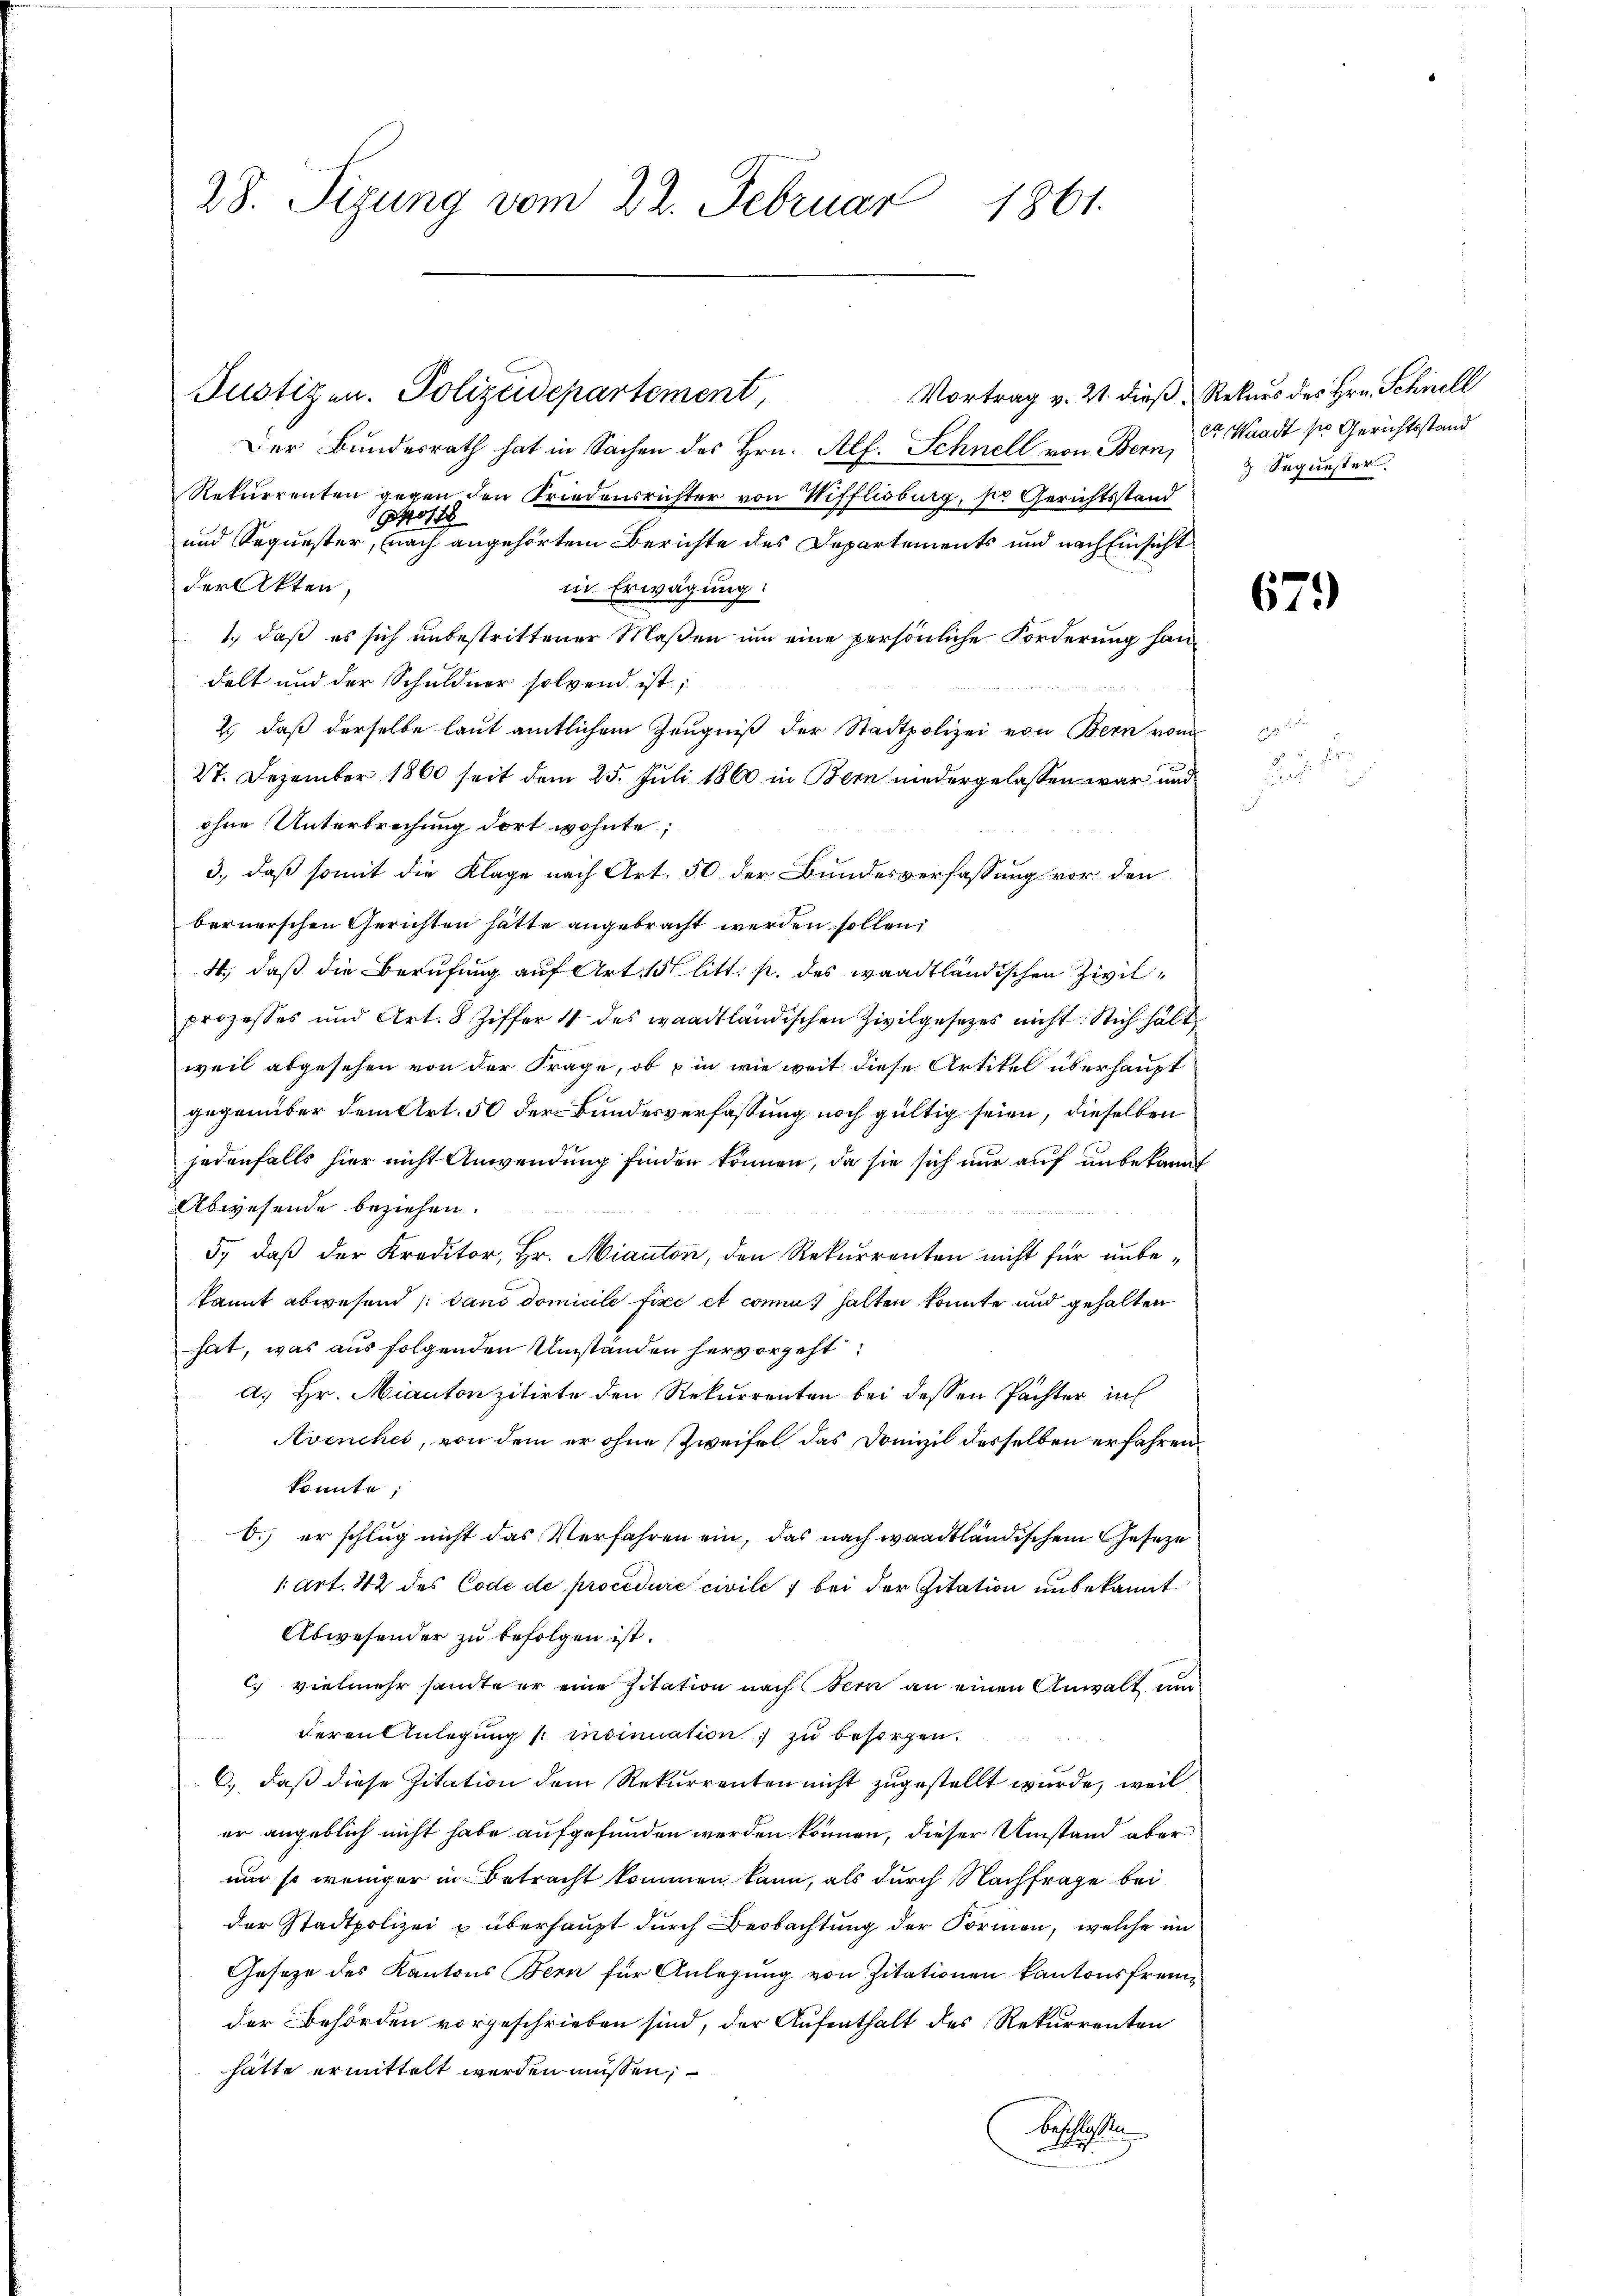
28. Sizung vom 22. Februar 1861.

Der Bundesrath hat in Sachen des Hrn. Alf. Schnell von Bern, C. Waadt so Gerichtsstand
Rekurrenten gegen den Friedensrichter von Wifflisburg, sie Gerichtsstand
Pott
und Sequester, nach angehörtem Berichte des Departements und nach Einsicht
der Akten,
in Erwägung:
1., daß es sich unbestrittener Maßen um eine persönliche Forderung handelt und der Schuldner folgend ist;
2) daß derselbe laut amtlichem Zeugniß der Stadtpolizei von Bern vom
27. Dezember 1860 seit dem 25. Juli 1860 in Bern niedergelassen war und
ohne Unterbrechung dort wohnte,
3., daß somit die Klage nach Art. 50 der Bundesverfassung vor den
bernerschen Gerichten hätte angebracht werden sollen,
4., daß die Berufung auf Art. 15 litt. p. des waadtländischen Zivilprozesses und Art. 8 Ziffer 11 des waadtländischen Zivilgesetzes nicht. Stich hält
weil abgesehen von der Frage, ob in wie weit diese Artikel überhaupt
gegenüber dem Art. 50 der Bandesverfassung noch gültig seien, dieselben
jedenfalls hier nicht Anwendung finden können, da sie sich nur auf unbekannt
Abwesende beziehen.
5., daß der Kreditor, Hr. Miauton, den Rekurrenten nicht für unbekannt abwesend /: band domicile fixe et connu halten konnte und gehalten
hat, was aus folgenden Umständen hervorgeht
a. Hr. Mianton zitirte den Rekurrenten bei dessen Pachter in
Avenches, von dem er ohne Zweifel das Domizil desselben erfahren
konnte;
O. er schlug nicht das Verfahren ein, das nach waadtländischem Geseze
1 Art. 42 des Code de procedure civile 7 bei der Zitation unbekannt
Abwesender zu befolgen ist.
C) vielmehr sante er eine Zitation nach Bern an einen Anwalt und
deren Anlegung (: insinuation zu besorgen.
e
6.) daß diese Zitation dem Rekurrenten nicht zugestellt wurde, weil
er angeblich nicht habe aufgefunden werden können, dieser Umstand aber
um so weniger in Betracht kommen kann, als durch Nachfrage bei
der Stadtpolizei u überhaupt durch Beobachtung der Formen, welche im
Geseze des Kantons Bern für Anlegung von Zitationen kantonsfremder Behörden vorgeschrieben sind, der Aufenthalt des Rekurrenten
hätte ermittelt werden müssen,
beschlossen

Justizen. Polizeidepartement,

Vortrag v. 21. dieß, Rekurs des Hrn. Schnell
 Sequester

679

Vern

S.